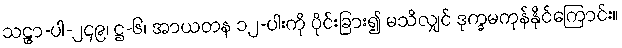
သဠာ-ပါ-၂၄၉၊ ဋ္ဌ-၆၊ အာယတန ၁၂-ပါးကို ပိုင်းခြား၍ မသိလျှင် ဒုက္ခမကုန်နိုင်ကြောင်း။